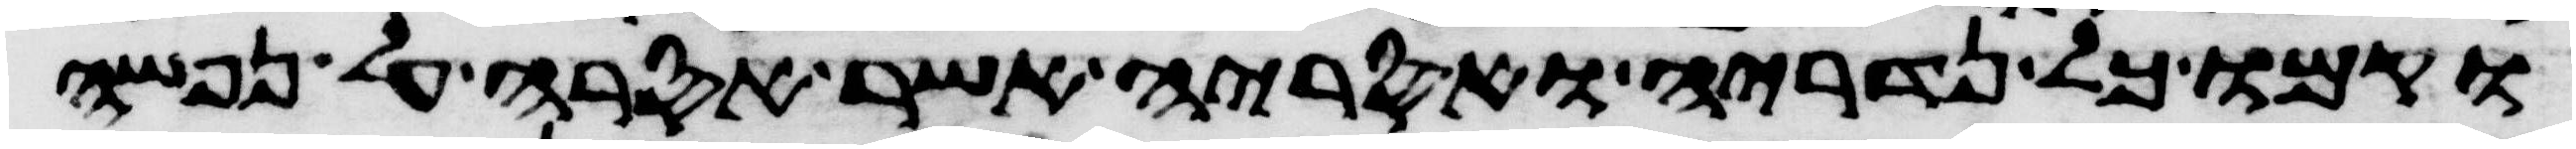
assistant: וקמו כל נדריה ואסריה אשר אסרה על נפשה